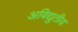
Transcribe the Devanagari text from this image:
अविद्युतीय